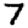
Digit: 7